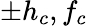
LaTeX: \pm h_{c},f_{c}